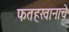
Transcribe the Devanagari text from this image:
फतहखानाचे